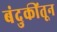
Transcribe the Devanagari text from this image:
बंदुकींतून